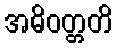
အဓိဝတ္တတိ